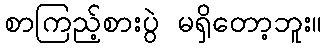
စာကြည့်စားပွဲ မရှိတော့ဘူး။